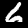
Digit: 6